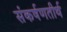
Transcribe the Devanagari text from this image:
संकर्षणतीर्थ